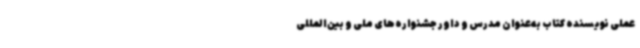
عملی نویسنده کتاب به‌عنوان مدرس و داور جشنواره‌های ملی و بین‌المللی